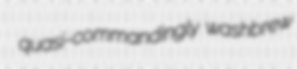
quasi-commandingly washbrew